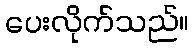
ပေးလိုက်သည်။